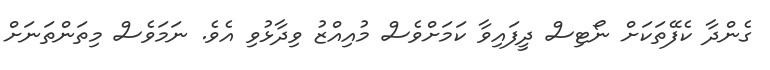
ގެންދާ ކެފޭތަކަށް ނޯޓިސް ދީފައިވާ ކަމަށްވެސް މުއިއްޒު ވިދާޅުވި އެވެ. ނަމަވެސް މިތަންތަނަށް